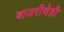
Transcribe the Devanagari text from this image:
बाजरीचेही